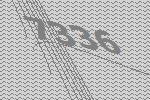
7336